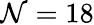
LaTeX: \mathcal{N}=18